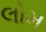
લોમ